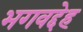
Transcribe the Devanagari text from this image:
भगवद्देह